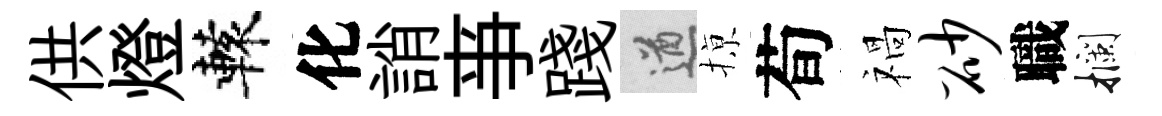
供燈轅化誚亊踐遒𢱊荀禍砂職攔